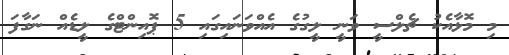
މި މޮޅާއެކު ޗެލްސީ ވަނީ ލީގުގެ އެއްވަނައިގައި 5 ޕޮއިންޓްގެ ލީޑެއް ނަގާފަ